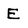
Character: E